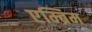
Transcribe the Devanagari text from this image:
एम्ब्रिम